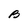
Character: B